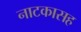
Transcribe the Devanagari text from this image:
नाटकासह